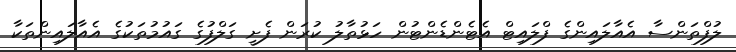
ލުފްތަންސާ އެއާލައިންގެ ފްލައިޓް އެޓެންޑެންޓުން ހަޅުތާލު ކުރަން ފެށީ ގަލްފުގެ ގައުމުތަކުގެ އެއާލައިންތަކާ